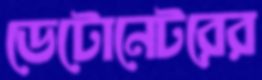
ডেটোনেটরের